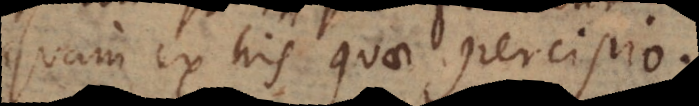
quam ex his quae percipio.